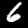
Digit: 6